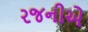
રજનીએ